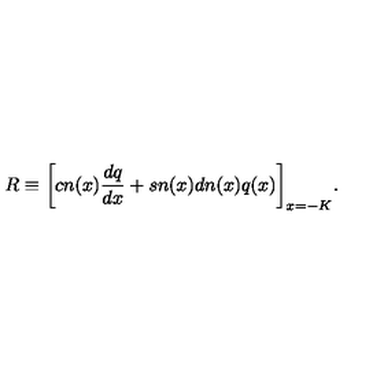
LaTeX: R \equiv \bigg [ c n ( x ) \frac { d q } { d x } + s n ( x ) d n ( x ) q ( x ) \bigg ] _ { x = - K } .